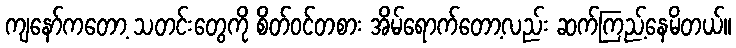
ကျနော်ကတော့ သတင်းတွေကို စိတ်ဝင်တစား အိမ်ရောက်တော့လည်း ဆက်ကြည့်နေမိတယ်။